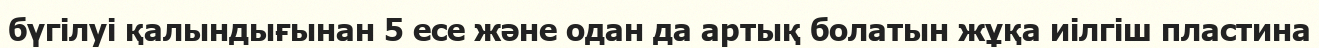
бүгілуі қалындығынан 5 есе және одан да артық болатын жұқа иілгіш пластина